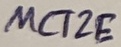
Text: MCT2E